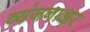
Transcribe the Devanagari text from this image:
व्यंजनाक्षर